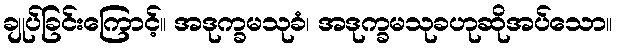
ချုပ်ခြင်းကြောင့်။ အဒုက္ခမသုခံ၊ အဒုက္ခမသုခဟုဆိုအပ်သော။